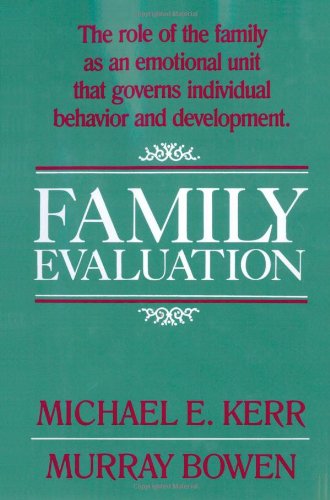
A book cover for Family Evaluation; Michael E. Kerr; Medical Books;